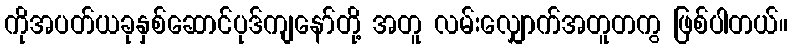
ကိုအပတ်ယခုနှစ်ဆောင်ပုဒ်ကျနော်တို့ အတူ လမ်းလျှောက်အတူတကွ ဖြစ်ပါတယ်။